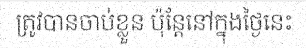
ត្រូវបានចាប់ខ្លួន ប៉ុន្តែនៅក្នុងថ្ងៃនេះ